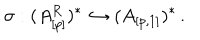
LaTeX: \sigma : ( A _ { [ p ] } ^ { R } ) ^ { * } \hookrightarrow ( A _ { [ p , 1 ] } ) ^ { * } \, .